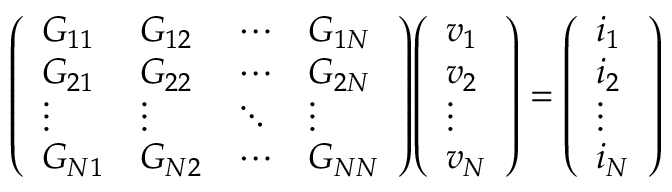
{ \left( \begin{array} { l l l l } { G _ { 1 1 } } & { G _ { 1 2 } } & { \cdots } & { G _ { 1 N } } \\ { G _ { 2 1 } } & { G _ { 2 2 } } & { \cdots } & { G _ { 2 N } } \\ { \vdots } & { \vdots } & { \ddots } & { \vdots } \\ { G _ { N 1 } } & { G _ { N 2 } } & { \cdots } & { G _ { N N } } \end{array} \right) } { \left( \begin{array} { l } { v _ { 1 } } \\ { v _ { 2 } } \\ { \vdots } \\ { v _ { N } } \end{array} \right) } = { \left( \begin{array} { l } { i _ { 1 } } \\ { i _ { 2 } } \\ { \vdots } \\ { i _ { N } } \end{array} \right) }